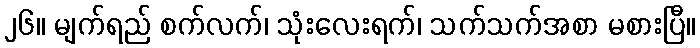
၂၆။ မျက်ရည် စက်လက်၊ သုံးလေးရက်၊ သက်သက်အစာ မစားပြီ။